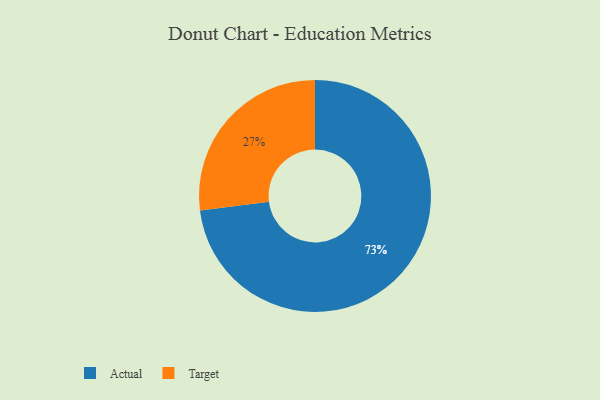
{"axis": {"x": "Category", "y": "Percentage"}, "legend": ["Actual", "Target"], "data": [{"x": "Target", "y": 27, "type": "Target"}, {"x": "Actual", "y": 73, "type": "Actual"}]}